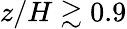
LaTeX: z/H\gtrsim 0.9